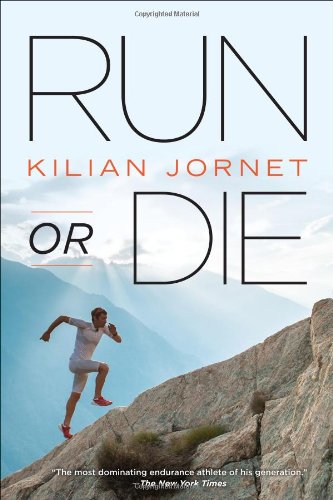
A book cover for Run or Die; Kilian Jornet; Health, Fitness & Dieting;